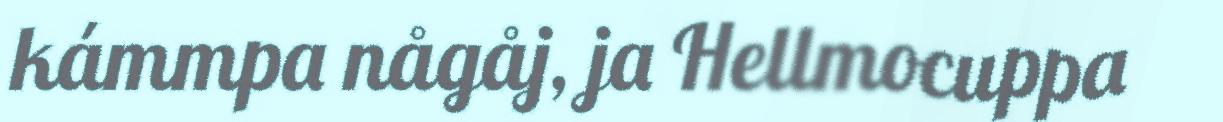
kámmpa någåj, ja Hellmocuppa